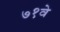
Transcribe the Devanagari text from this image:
७१वे